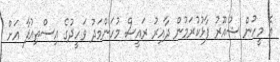
އެ މީހުން ޝުއޫރު ފާޅުކުރަމުން ދާއިރު ރައީސް މުހަންމަދު ވަހީދުގެ އިސްތިއުފާ އަށް